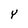
Character: Y